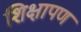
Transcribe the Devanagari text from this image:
शिक्षापण